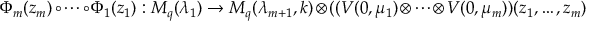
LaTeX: \Phi _ { m } ( z _ { m } ) \circ \cdots \circ \Phi _ { 1 } ( z _ { 1 } ) : M _ { q } ( \lambda _ { 1 } ) \rightarrow M _ { q } ( \lambda _ { m + 1 } , k ) \otimes ( ( V ( 0 , \mu _ { 1 } ) \otimes \cdots \otimes V ( 0 , \mu _ { m } ) ) ( z _ { 1 } , \ldots , z _ { m } )